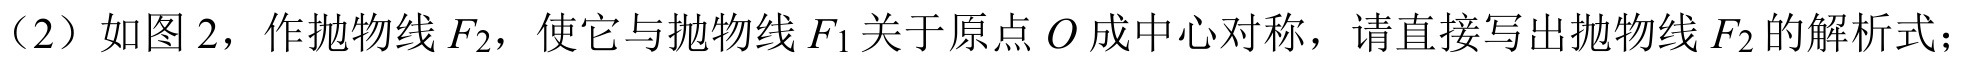
（2）如图 2，作抛物线\(F_{2}\)，使它与抛物线\(F_{1}\)关于原点\(O\)成中心对称，请直接写出抛物线\(F_{2}\)的解析式；